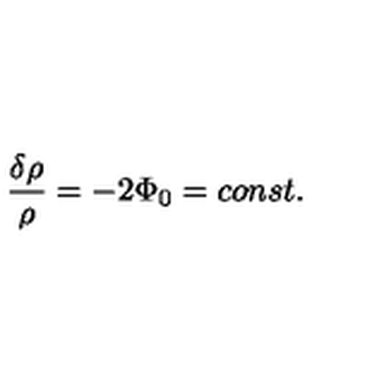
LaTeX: \frac { \delta \rho } { \rho } = - 2 \Phi _ { 0 } = c o n s t .